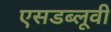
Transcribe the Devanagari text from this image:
एसडब्लूवी